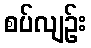
စပ်လျဉ်း